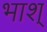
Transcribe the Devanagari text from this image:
भाश्